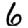
Digit: 6